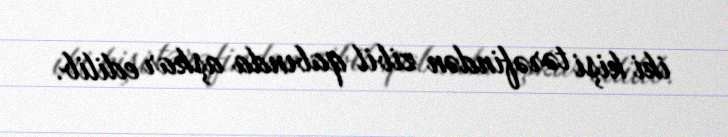
iki kişi tərəfindən zibil qabında aşkar edilib.